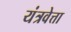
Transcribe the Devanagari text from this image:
यंत्रवेत्ता